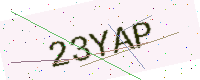
Text: 23YAP